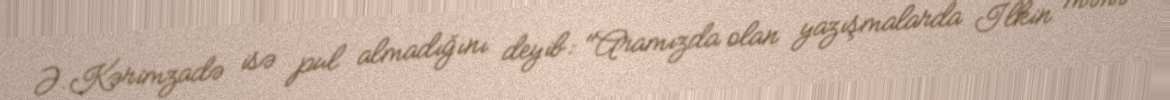
Ə.Kərimzadə isə pul almadığını deyib: "Aramızda olan yazışmalarda İlkin mənə